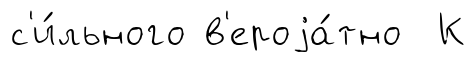
с'и́льного в'ероjа́тно К